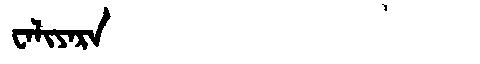
Manchu: ᠸᠠᠯᡳᠶᠠᡵᠠ
Romanization: WALIYARA